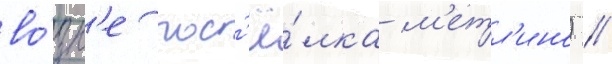
во́зл'е пос'ё́лка м'етл'ино) //